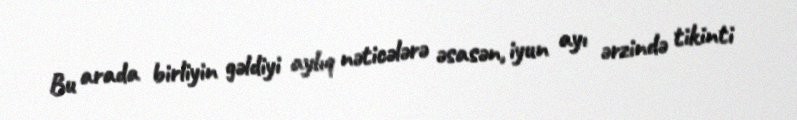
Bu arada birliyin gəldiyi aylıq nəticələrə əsasən, iyun ayı ərzində tikinti